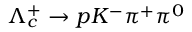
\Lambda _ { c } ^ { + } \to p K ^ { - } \pi ^ { + } \pi ^ { 0 }